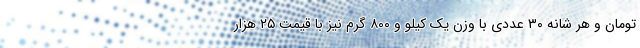
تومان و هر شانه ۳۰ عددی با وزن یک کیلو و ۸۰۰ گرم نیز با قیمت ۲۵ هزار